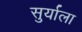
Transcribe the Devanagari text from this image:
सुर्याला